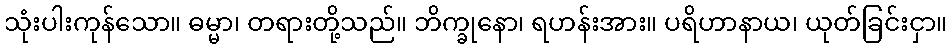
သုံးပါးကုန်သော။ ဓမ္မာ၊ တရားတို့သည်။ ဘိက္ခုနော၊ ရဟန်းအား။ ပရိဟာနာယ၊ ယုတ်ခြင်းငှာ။